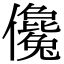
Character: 儳